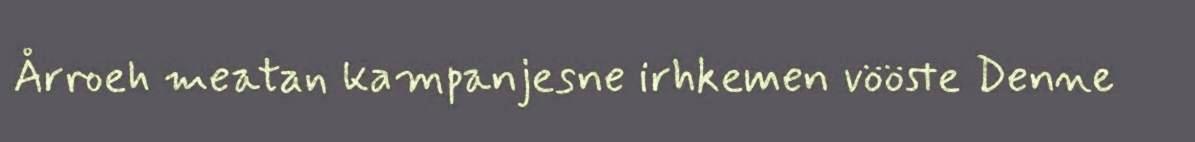
Årroeh meatan kampanjesne irhkemen vööste Denne